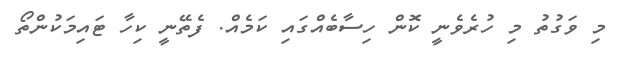
މި ވަގުތު މި ހުރެވެނީ ކޮން ހިސާބެއްގައި ކަމެއް. ފެތޭނީ ކިހާ ޓައިމަކުންތޯ